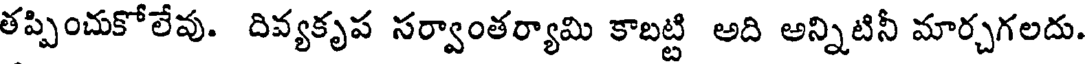
తప్పించుకోలేవు. దివ్యకృప సర్వాంతర్యామి కాబట్టి అది అన్నిటినీ మార్చగలదు.